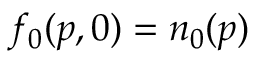
f _ { 0 } ( p , 0 ) = n _ { 0 } ( p )